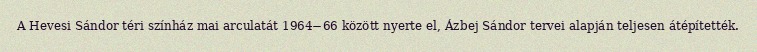
A Hevesi Sándor téri színház mai arculatát 1964−66 között nyerte el, Ázbej Sándor tervei alapján teljesen átépítették.